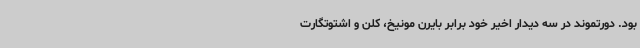
بود. دورتموند در سه دیدار اخیر خود برابر بایرن مونیخ، کلن و اشتوتگارت